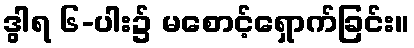
ဒွါရ ၆-ပါး၌ မစောင့်ရှောက်ခြင်း။